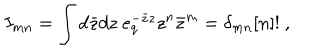
I _ { m n } = \int d \bar { z } d z \ e _ { q } ^ { - \bar { z } z } z ^ { n } \bar { z } ^ { m } = \delta _ { m n } [ n ] ! \ ,